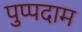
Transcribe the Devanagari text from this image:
पुप्पदाम